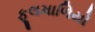
ફૂલમાળિયો